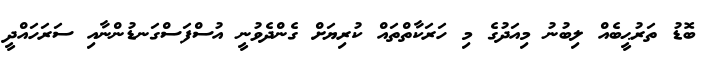
ބޮޑު ތަރުޙީބެއް ލިބުނު މިއަދުގެ މި ހަރަކާތްތައް ކުރިޔަށް ގެންދެވުނީ އުސްފަސްގަނޑުންނާއި ސަރަހައްދީ